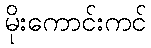
မိုးကောင်းကင်